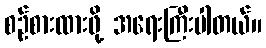
စဉ်စားထားဖို့ အရေးကြီးပါတယ်။